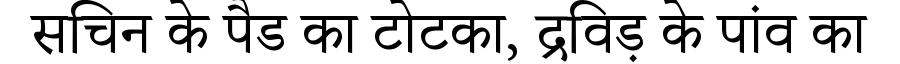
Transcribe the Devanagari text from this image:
सचिन के पैड का टोटका, द्रविड़ के पांव का